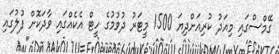
ގޭމްސްގައި މިއަދު ކުރިއަށްދިޔަ 1500 މީޓަރު ދުވުމުގެ ހީޓް އެކެއްގައި ވާދަކޮށް ފުލުގައި